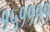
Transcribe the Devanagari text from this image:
१५११११